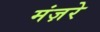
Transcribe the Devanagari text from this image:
मंज़रे